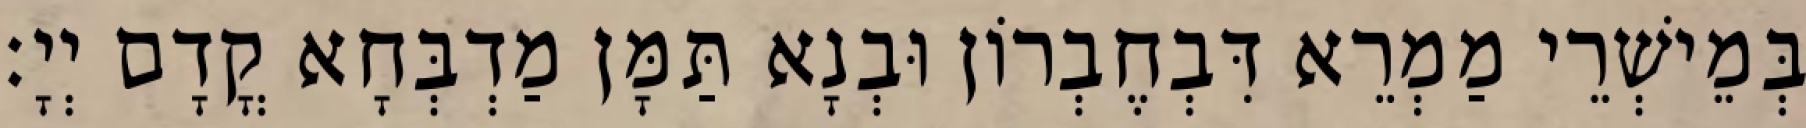
בְּמֵישְׁרֵי מַמְרֵא דִּבְחֶבְרוֹן וּבְנָא תַּמָּן מַדְבְּחָא קֳדָם יְיָ׃